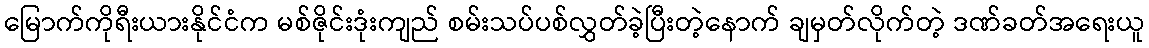
မြောက်ကိုရီးယားနိုင်ငံက မစ်ဇိုင်းဒုံးကျည် စမ်းသပ်ပစ်လွှတ်ခဲ့ပြီးတဲ့နောက် ချမှတ်လိုက်တဲ့ ဒဏ်ခတ်အရေးယူ